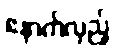
နောက်လှည့်